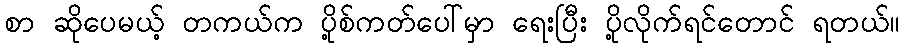
စာ ဆိုပေမယ့် တကယ်က ပို့စ်ကတ်ပေါ်မှာ ရေးပြီး ပို့လိုက်ရင်တောင် ရတယ်။